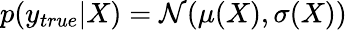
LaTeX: p(y_{true}|X)=\mathcal{N}(\mu(X),\sigma(X))